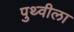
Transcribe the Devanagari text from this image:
पुथ्वीला